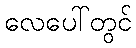
လေပေါ်တွင်